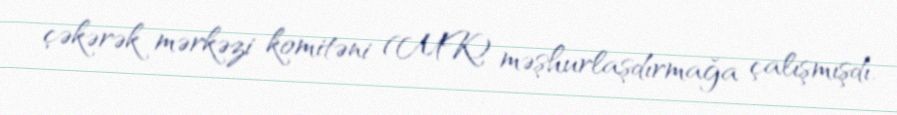
çəkərək mərkəzi komitəni (MK) məşhurlaşdırmağa çalışmışdı.